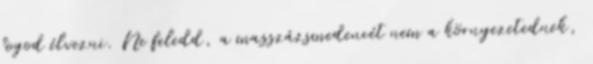
fogod élvezni. Ne feledd, a masszázsmedencét nem a környezetednek,